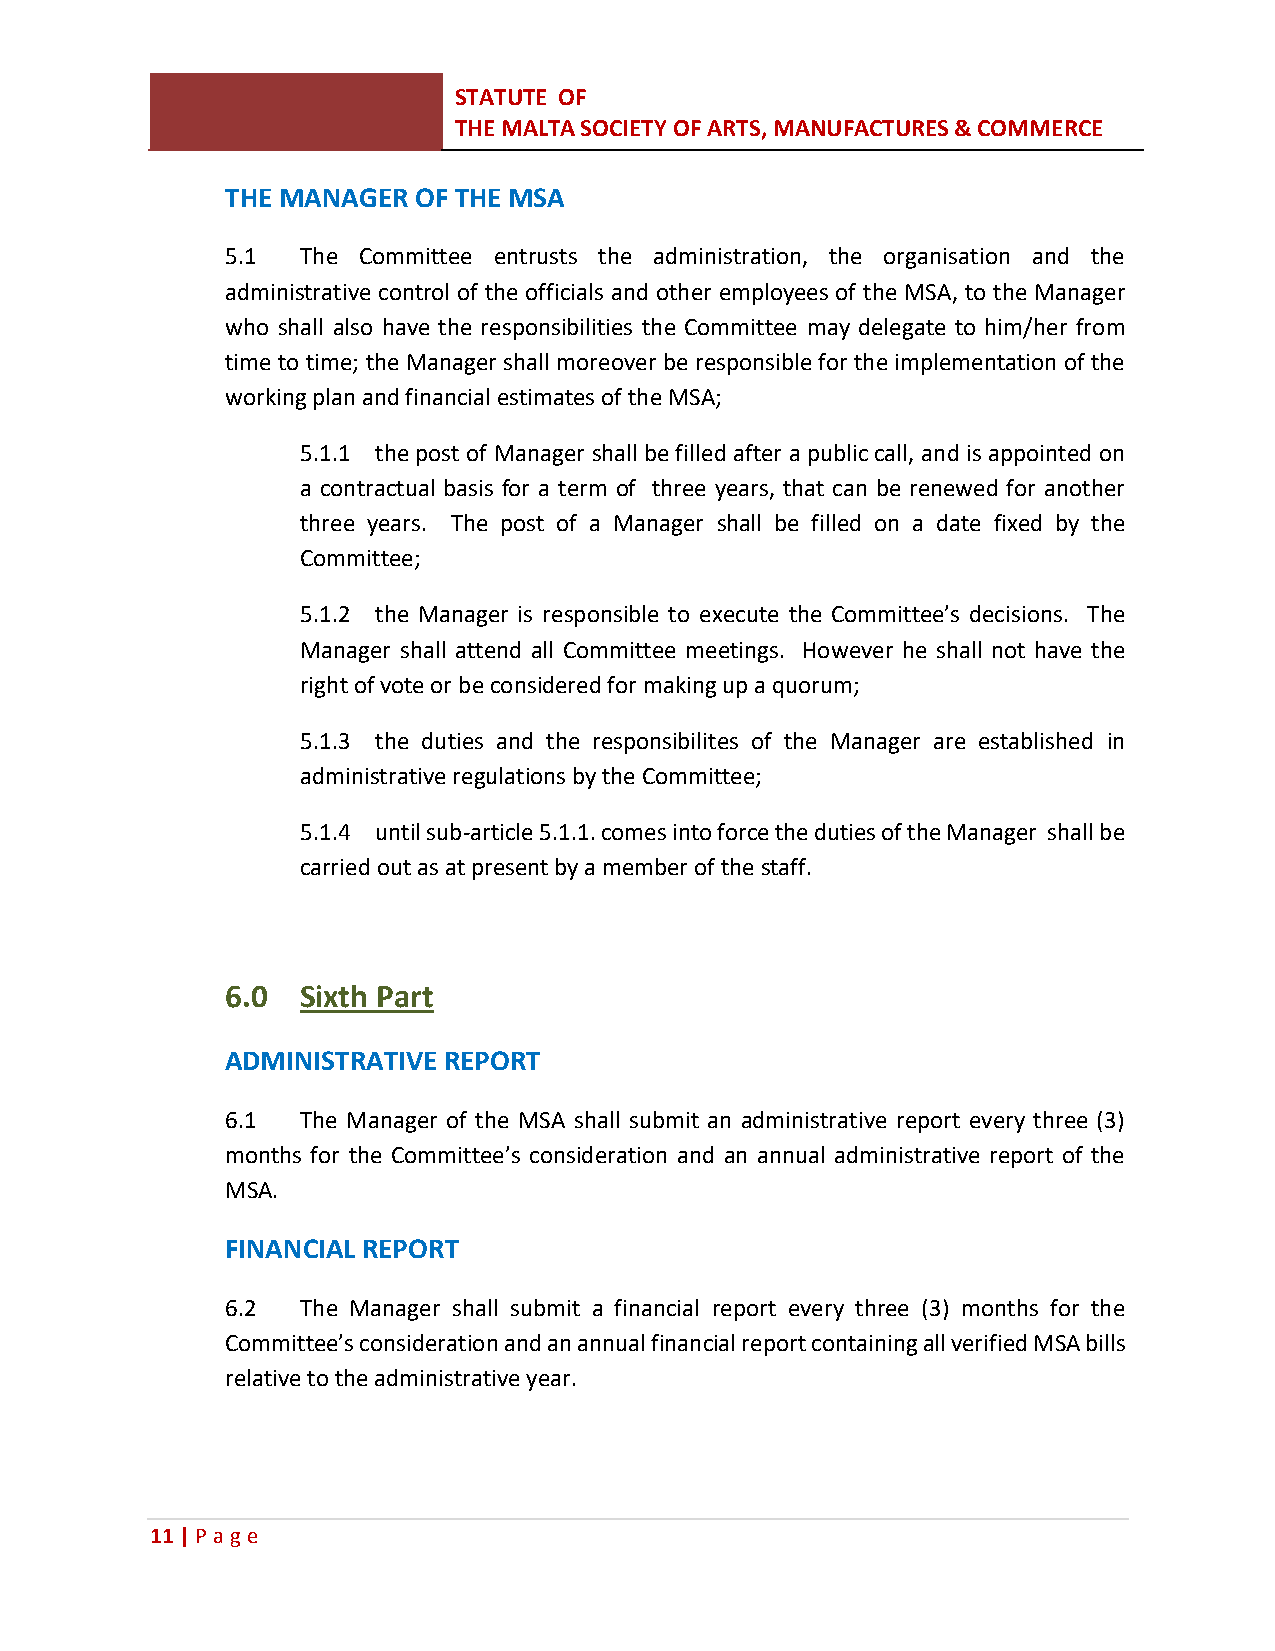
STATUTE OF
 THE MALTA SOCIETY OF ARTS, MANUFACTURES & COMMERCE
 THE MANAGER OF THE MSA
 5.1  The Committee entrusts the administration, the organisation and the
 administrative control of the officials and other employees of the MSA, to the Manager
 who shall also have the responsibilities the Committee may delegate to him/her from
 time to time; the Manager shall moreover be responsible for the implementation of the
 working plan and financial estimates of the MSA;
 5.1.1 the post of Manager shall be filled after a public call, and is appointed on
 a contractual basis for a term of three years, that can be renewed for another
 three years. The post of a Manager shall be filled on a date fixed by the
 Committee;
 5.1.2 the Manager is responsible to execute the Committee’s decisions. The
 Manager shall attend all Committee meetings. However he shall not have the
 right of vote or be considered for making up a quorum;
 5.1.3 the duties and the responsibilites of the Manager are established in
 administrative regulations by the Committee;
 5.1.4 until sub-article 5.1.1. comes into force the duties of the Manager shall be
 carried out as at present by a member of the staff.
 6.0  Sixth Part
 ADMINISTRATIVE REPORT
 6.1  The Manager of the MSA shall submit an administrative report every three (3)
 months for the Committee’s consideration and an annual administrative report of the
 MSA.
 FINANCIAL REPORT
 6.2  The Manager shall submit a financial report every three (3) months for the
 Committee’s consideration and an annual financial report containing all verified MSA bills
 relative to the administrative year.
 11 | P age